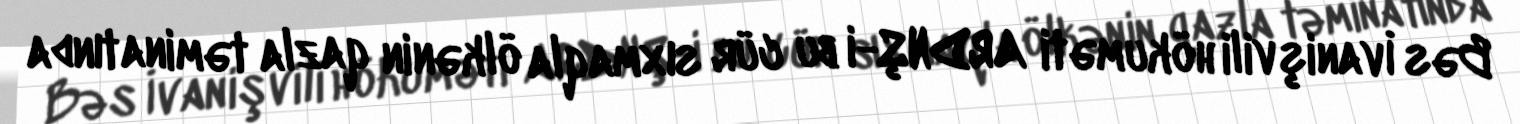
Bəs İvanişvili hökuməti ARDNŞ-i bu cür sıxmaqla ölkənin qazla təminatında